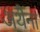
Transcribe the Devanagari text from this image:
अथैना